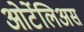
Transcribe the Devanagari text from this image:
ओर्टेलिअस